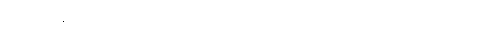
ကုသဂ္ဂေနပိ၊ သမန်းမြက်ဖျားဖြင့်လည်း။ ဂဟေတွာ၊ ယူ၍။ ဥပသိင်္ဃိယမာနော၊